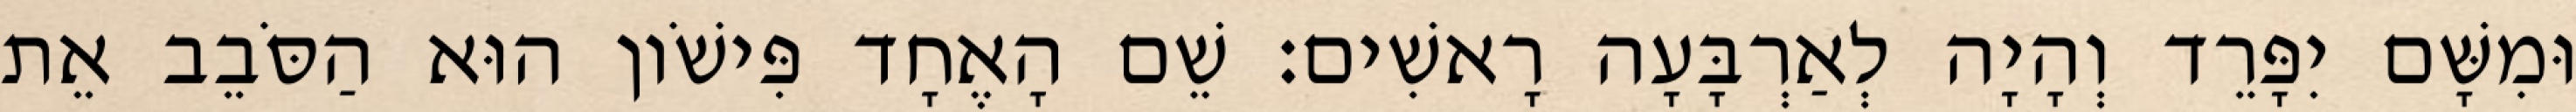
וּמִשָּׁם יִפָּרֵד וְהָיָה לְאַרְבָּעָה רָאשִׁים׃ שֵׁם הָאֶחָד פִּישֹׁון הוּא הַסֹּבֵב אֵת